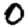
Digit: 0